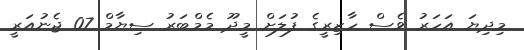
މިދިޔަ އަހަރު ވެސް ހާޒިރީގެ ފުލަށް މީދޫ މެމްބަރު ސިޔާމް 07 ޖެނުއަރީ